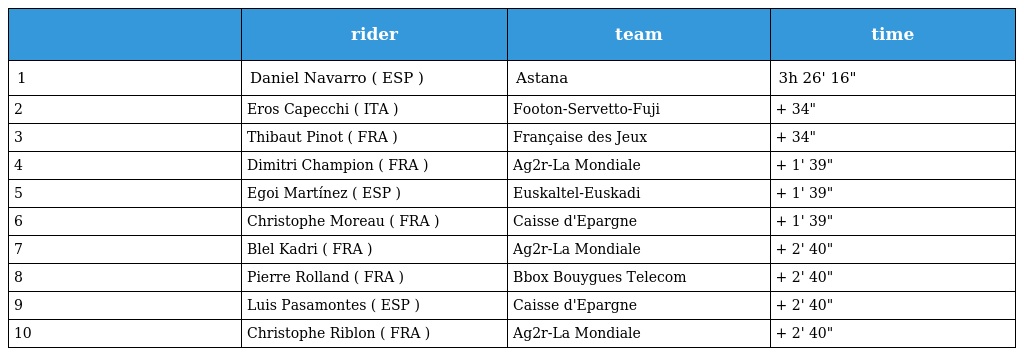
|  | rider | team | time |
 | --- | --- | --- | --- |
 | 1 | Daniel Navarro ( ESP ) | Astana | 3h 26' 16" |
 | 2 | Eros Capecchi ( ITA ) | Footon-Servetto-Fuji | + 34" |
 | 3 | Thibaut Pinot ( FRA ) | Française des Jeux | + 34" |
 | 4 | Dimitri Champion ( FRA ) | Ag2r-La Mondiale | + 1' 39" |
 | 5 | Egoi Martínez ( ESP ) | Euskaltel-Euskadi | + 1' 39" |
 | 6 | Christophe Moreau ( FRA ) | Caisse d'Epargne | + 1' 39" |
 | 7 | Blel Kadri ( FRA ) | Ag2r-La Mondiale | + 2' 40" |
 | 8 | Pierre Rolland ( FRA ) | Bbox Bouygues Telecom | + 2' 40" |
 | 9 | Luis Pasamontes ( ESP ) | Caisse d'Epargne | + 2' 40" |
 | 10 | Christophe Riblon ( FRA ) | Ag2r-La Mondiale | + 2' 40" |